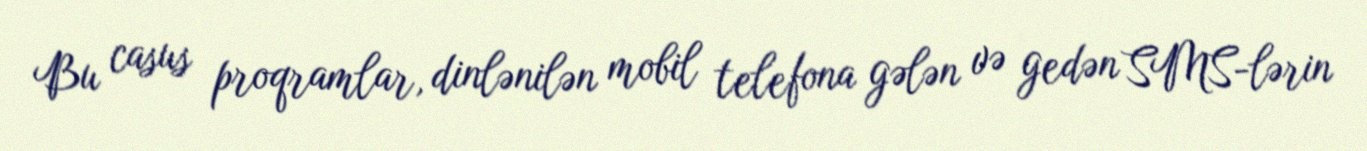
Bu casus proqramlar, dinlənilən mobil telefona gələn və gedən SMS-lərin